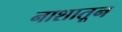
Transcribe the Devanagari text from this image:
नाशातून